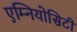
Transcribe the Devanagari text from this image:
एम्नियोसिटी